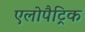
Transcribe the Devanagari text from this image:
एलोपैट्रिक